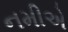
નમીએ